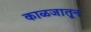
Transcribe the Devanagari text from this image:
काळजातून